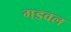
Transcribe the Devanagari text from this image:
गडवल